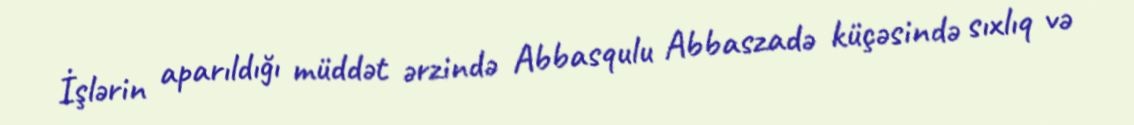
İşlərin aparıldığı müddət ərzində Abbasqulu Abbaszadə küçəsində sıxlıq və